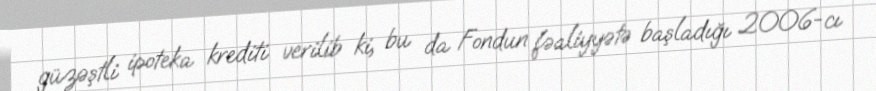
güzəştli ipoteka krediti verilib ki, bu da Fondun fəaliyyətə başladığı 2006-cı